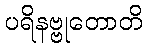
ပရိနဗ္ဗုတောတိ